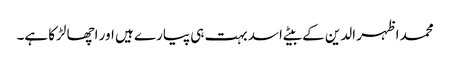
محمد اظہر الدین کے بیٹے اسد بہت ہی پیارے ہیں اور اچھا لڑکا ہے۔